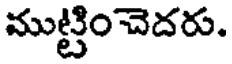
ముట్టిం చెదరు.